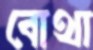
বোথা